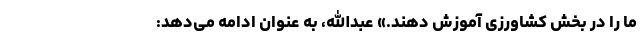
ما را در بخش کشاورزی آموزش دهند.» عبدالله، به عنوان ادامه می‌دهد: